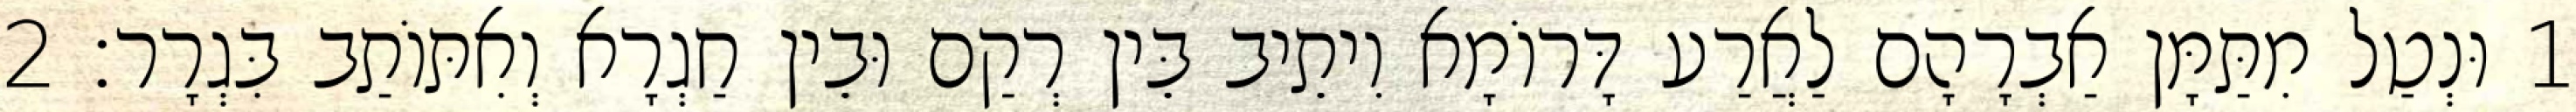
1 וּנְטַל מִתַּמָּן אַבְרָהָם לַאֲרַע דָּרוֹמָא וִיתֵיב בֵּין רְקַם וּבֵין חַגְרָא וְאִתּוֹתַב בִּגְרָר׃ 2